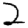
Digit: 2